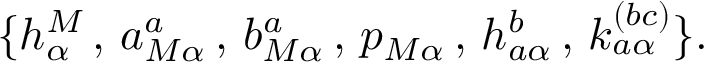
\{ h _ { \alpha } ^ { M } \, , \, a _ { M \alpha } ^ { a } \, , \, b _ { M \alpha } ^ { a } \, , \, p _ { M \alpha } \, , \, h _ { a \alpha } ^ { b } \, , \, k _ { a \alpha } ^ { ( b c ) } \} .